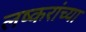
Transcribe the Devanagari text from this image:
लष्करांच्या